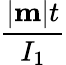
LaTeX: \frac{|{\mathbf m}|t}{I_{1}}